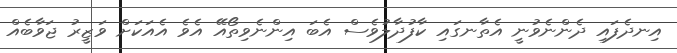
އިނދެފައި ދެންނެވުނީ އެތާނގައި ކާފުދާލުވެސް އެބަ އިންނެވިތޯއޭ އެވެ އެއަކަށް ވަޒީރު ޖަވާބެއް